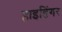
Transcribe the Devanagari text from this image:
हाइडिंगर